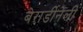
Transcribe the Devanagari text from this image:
बेरार्डीनेली